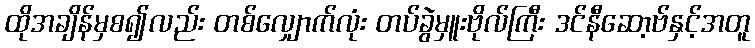
ထိုအချိန်မှစ၍လည်း တစ်လျှောက်လုံး တပ်ခွဲမှူးဗိုလ်ကြီး ဒင်နီဆော့ဗ်နှင့်အတူ